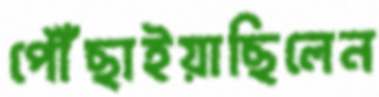
পৌঁছাইয়াছিলেন